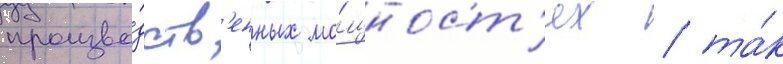
произво́дств'енных мо́щност'ях / та́к